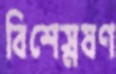
বিশেস্নষণ